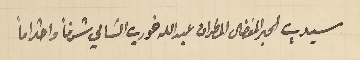
سيدي الحبر المفضال المطران عبدالله خوري السَامي شرفاً واحتراماً